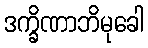
ဒက္ခိဏာဘိမုခေါ